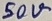
Text: 50V